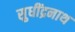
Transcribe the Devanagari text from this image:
सुधींद्रनाथ